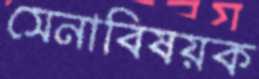
সেনাবিষয়ক